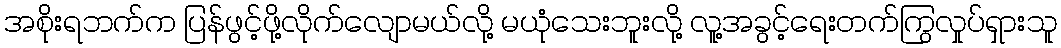
အစိုးရဘက်က ပြန်ဖွင့်ဖို့လိုက်လျောမယ်လို့ မယုံသေးဘူးလို့ လူ့အခွင့်ရေးတက်ကြွလှုပ်ရှားသူ